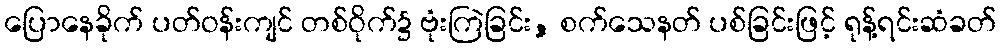
ပြောနေခိုက် ပတ်ဝန်းကျင် တစ်ဝိုက်၌ ဗုံးကြဲခြင်း, စက်သေနတ် ပစ်ခြင်းဖြင့် ရုန့်ရင်းဆံခတ်